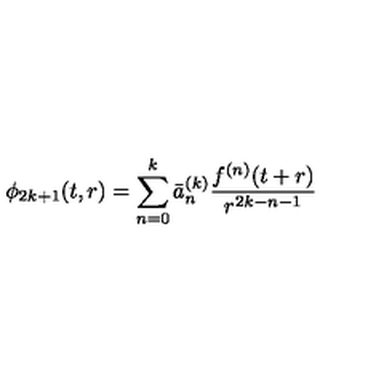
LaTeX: \phi _ { 2 k + 1 } ( t , r ) = \sum _ { n = 0 } ^ { k } \bar { a } _ { n } ^ { ( k ) } \frac { f ^ { ( n ) } ( t + r ) } { r ^ { 2 k - n - 1 } }